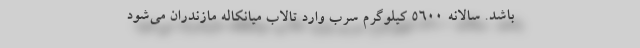
باشد. سالانه ۵۶۰۰ کیلوگرم سرب وارد تالاب میانکاله مازندران می‌شود